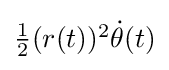
{\textstyle {\tfrac {1}{2}}(r(t))^{2}{\dot {\theta }}(t)}